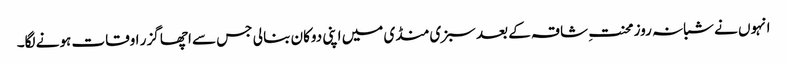
انہوں نے شبانہ روز محنتِ شاقہ کے بعد سبزی منڈی میں اپنی دوکان بنا لی جس سے اچھا گزر اوقات ہونے لگا۔